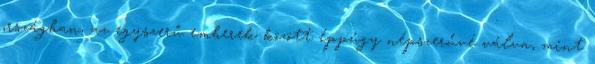
országban, az egyszerű emberek között éppúgy népszerűvé válva, mint